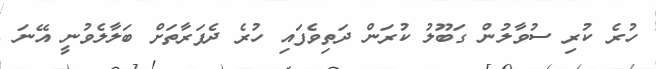
ހުރެ ކުރި ސުވާލުން ގަބޫލު ކުރަން ދަތިވެފައި ހުރެ ދެފަރާތަށް ބަލާލެވުނީ އޭނަ